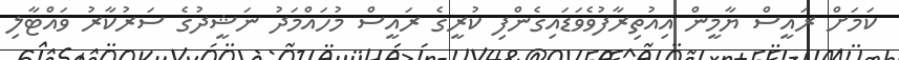
ކަމަށް ރައީސް ޔާމީން އިއުތިރާފުވެވަޑައިގެންފި ކުރީގެ ރައީސް މުހައްމަދު ނަޝީދުގެ ސަރުކާރު ވައްޓާލި